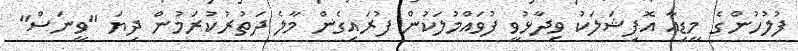
ފުލުހުންގެ މީޑިއާ އޮފިޝަލަކު ވިދާޅުވީ ފުވައްމުލަކުން ފުރައިގެން މާލެ ދަތުރުކުރަމުން ދިޔަ "ވީނަސް"